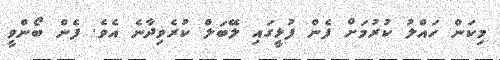
މިކަން ހައްލު ކުރުމަށް ފެން ފުޅީގައި ލޭބަލް ކުރެވިދާނެ އެވެ. ފެން ބޯންވީ